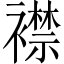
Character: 襟